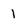
Character: 1